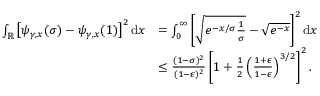
\begin{array} { r l } { \int _ { \mathbb { R } } \left[ \psi _ { \gamma , x } ( \sigma ) - \psi _ { \gamma , x } ( 1 ) \right] ^ { 2 } \mathrm { d } x } & { = \int _ { 0 } ^ { \infty } \left[ \sqrt { e ^ { - x / \sigma } \frac { 1 } { \sigma } } - \sqrt { e ^ { - x } } \right] ^ { 2 } \mathrm { d } x } \\ & { \leq \frac { ( 1 - \sigma ) ^ { 2 } } { ( 1 - \epsilon ) ^ { 2 } } \left[ 1 + \frac { 1 } { 2 } \left( \frac { 1 + \epsilon } { 1 - \epsilon } \right) ^ { 3 / 2 } \right] ^ { 2 } . } \end{array}